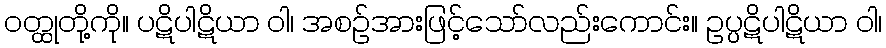
ဝတ္ထုတို့ကို။ ပဋိပါဋိယာ ဝါ၊ အစဉ်အားဖြင့်သော်လည်းကောင်း။ ဥပ္ပဋိပါဋိယာ ဝါ၊